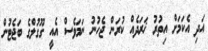
އަދި އެކަމަށް އިތުރު ޚަރަދެއް ކުރަން ޖެހުނު ނަމަވެސް އެއީ ގޫގުލްގެ ބަޖެޓުން